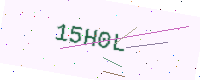
Text: 15H0L